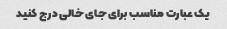
یک عبارت مناسب برای جای خالی درج کنید